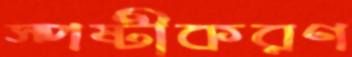
স্পষ্টীকরণ